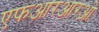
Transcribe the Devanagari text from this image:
एफआरआरओ